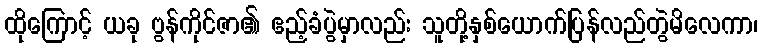
ထိုကြောင့် ယခု ဗွန်ကိုင်ဇာ၏ ဧည့်ခံပွဲမှာလည်း သူတို့နှစ်ယောက်ပြန်လည်တွဲမိလေကာ၊